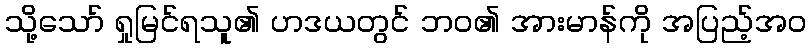
သို့သော် ရှုမြင်ရသူ၏ ဟဒယတွင် ဘဝ၏ အားမာန်ကို အပြည့်အဝ